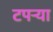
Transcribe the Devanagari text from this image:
टपर्‍या